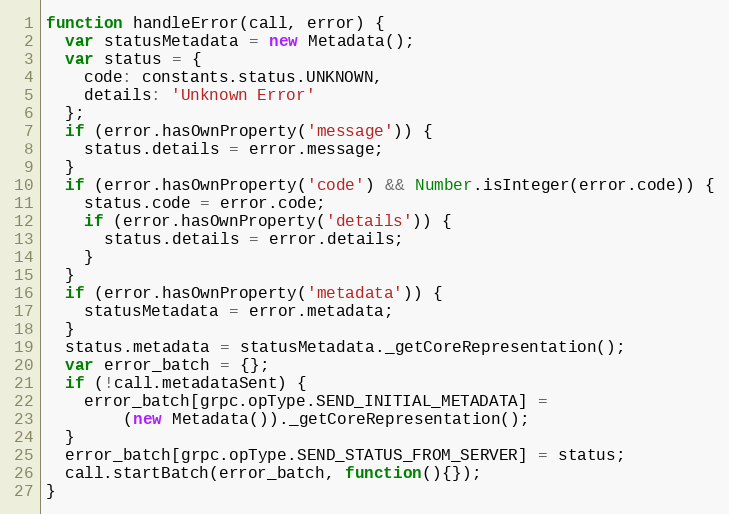
Language: JavaScript
function handleError(call, error) {
  var statusMetadata = new Metadata();
  var status = {
    code: constants.status.UNKNOWN,
    details: 'Unknown Error'
  };
  if (error.hasOwnProperty('message')) {
    status.details = error.message;
  }
  if (error.hasOwnProperty('code') && Number.isInteger(error.code)) {
    status.code = error.code;
    if (error.hasOwnProperty('details')) {
      status.details = error.details;
    }
  }
  if (error.hasOwnProperty('metadata')) {
    statusMetadata = error.metadata;
  }
  status.metadata = statusMetadata._getCoreRepresentation();
  var error_batch = {};
  if (!call.metadataSent) {
    error_batch[grpc.opType.SEND_INITIAL_METADATA] =
        (new Metadata())._getCoreRepresentation();
  }
  error_batch[grpc.opType.SEND_STATUS_FROM_SERVER] = status;
  call.startBatch(error_batch, function(){});
}